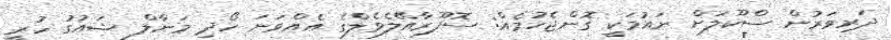
ދަރިވަރުން ސްކޫލަށް ނައުމަކީ ގޮންޖެހުމެއް: ސޮފޫރާއޭލެވެލްގެ އެއްވަނަ ހޯދި މަނާލް ޝައުގު ހުރީ